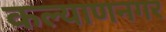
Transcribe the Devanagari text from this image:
कल्याणनगर